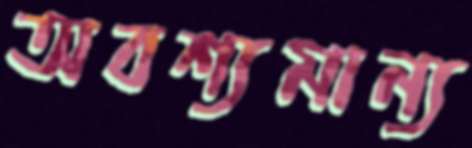
অবশ্যমান্য